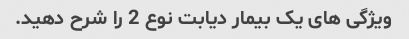
ویژگی های یک بیمار دیابت نوع 2 را شرح دهید.